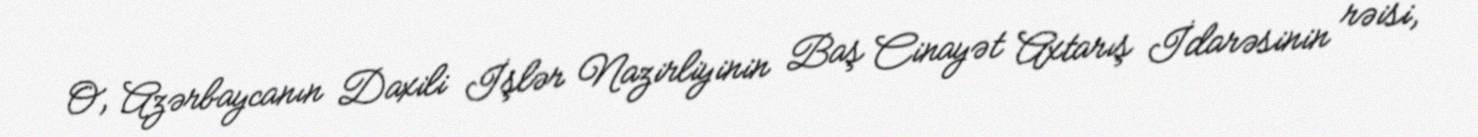
O, Azərbaycanın Daxili İşlər Nazirliyinin Baş Cinayət Axtarış İdarəsinin rəisi,